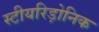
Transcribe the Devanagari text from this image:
स्टीयरिड़ोनिक